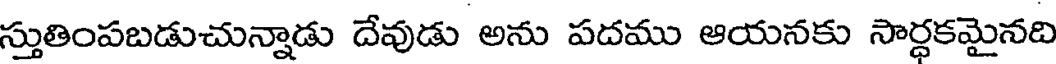
స్తుతింపబడుచున్నాడు దేవుడు అను పదము ఆయనకు సార్ధకమైనది